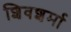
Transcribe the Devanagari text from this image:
शिवशर्मा